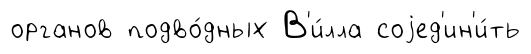
органов подво́дных В'и́лла соjед'ин'и́ть